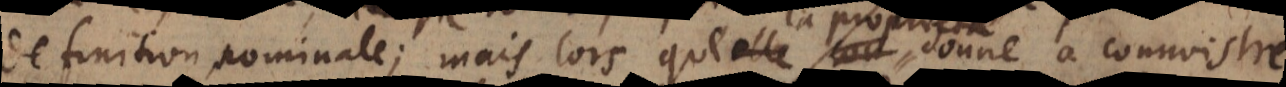
definition nominale; mais lors que la proprieté donne